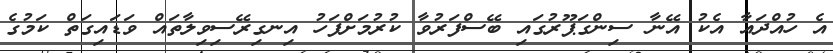
އެ ހުއްދައާ އެކު އޭނާ ސިންގަޕޫރުގައި ބޭސްފަރުވާ ކުރުމަށްފަހު އިނގިރޭސިވިލާތައް ވަޑައިގަތް ކަމުގެ